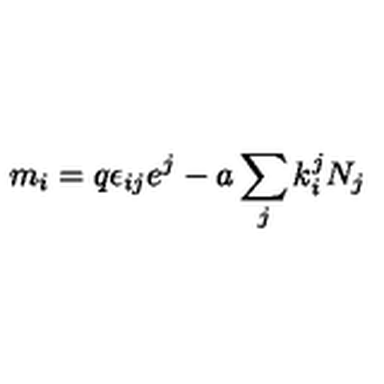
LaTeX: m _ { i } = q \epsilon _ { i j } e ^ { j } - a \sum _ { j } k _ { i } ^ { j } N _ { j }